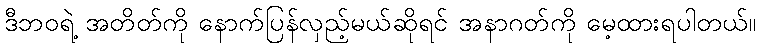
ဒီဘဝရဲ့ အတိတ်ကို နောက်ပြန်လှည့်မယ်ဆိုရင် အနာဂတ်ကို မေ့ထားရပါတယ်။